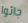
جائوا